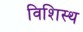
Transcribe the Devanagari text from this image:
विशिस्थ